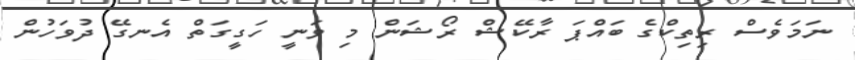
ނަމަވެސް ރިތިކްގެ ބައްޕަ ރާކޭޝް ރޯޝަން މި ވަނީ ހަގީގަތް އެނގޭ ދުވަހުން